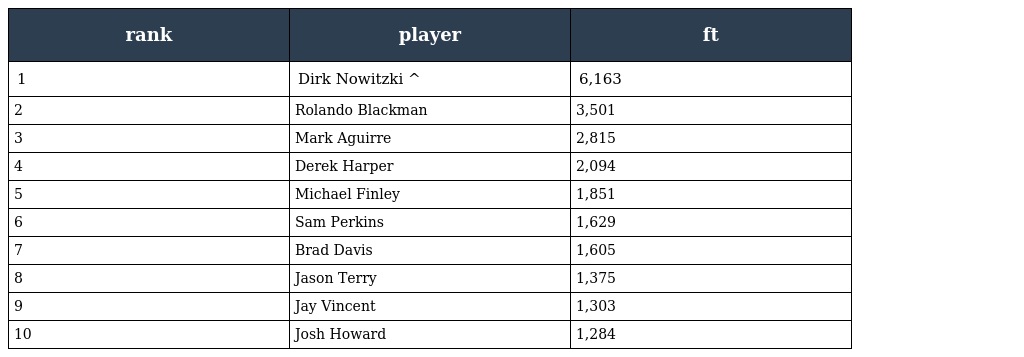
| rank | player | ft |
 | --- | --- | --- |
 | 1 | Dirk Nowitzki ^ | 6,163 |
 | 2 | Rolando Blackman | 3,501 |
 | 3 | Mark Aguirre | 2,815 |
 | 4 | Derek Harper | 2,094 |
 | 5 | Michael Finley | 1,851 |
 | 6 | Sam Perkins | 1,629 |
 | 7 | Brad Davis | 1,605 |
 | 8 | Jason Terry | 1,375 |
 | 9 | Jay Vincent | 1,303 |
 | 10 | Josh Howard | 1,284 |